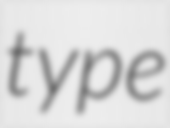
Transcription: type